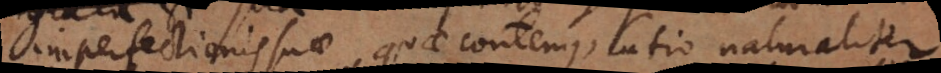
imperfectionis suae, quae contemplatio naturaliter